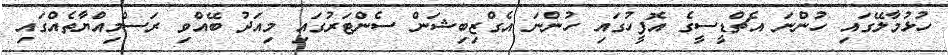
ހުޅުމާލޭގައި ހުންނަ އެޗްޑީސީގެ އޮފީހުގައި ހުންނަ އެގްޒިބިޝަން ސެންޓަރުގައި މިއަދު ބޭއްވި ރަސްމިއްޔާތެއްގައި